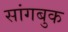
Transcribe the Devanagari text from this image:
सांगबुक